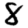
Digit: 8